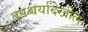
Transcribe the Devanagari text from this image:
तपश्चर्यादेखील